Report of the Bombay Veterinary College
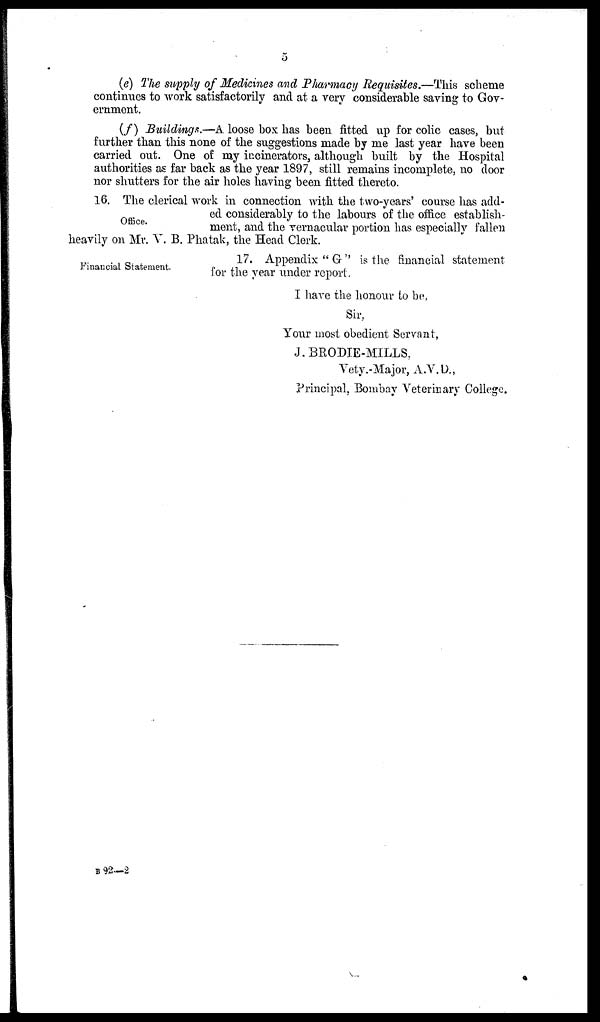
5
(e) The supply of Medicines and Pharmacy Requisites.—This scheme
continues to work satisfactorily and at a very considerable saving to Gov-
ernment.
(f) Buildings.—A loose box has been fitted up for colic cases, but
further than this none of the suggestions made by me last year have been
carried out. One of my incinerators, although built by the Hospital
authorities as far back as the year 1897, still remains incomplete, no door
nor shutters for the air holes having been fitted thereto.
Office.
16. The clerical work in connection with the two-years' course has add-
ed considerably to the labours of the office establish-
ment, and the vernacular portion has especially fallen
heavily on Mr. V. B. Phatak, the Head Clerk.
Financial Statement.
17. Appendix "G" is the financial statement
for the year under report.
I have the honour to be,
Sir,
Your most obedient Servant,
J. BRODIE-MILLS,
Vety.-Major, A.V.D.,
Principal, Bombay Veterinary College.
B92—2